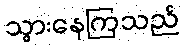
သွားနေကြသည်